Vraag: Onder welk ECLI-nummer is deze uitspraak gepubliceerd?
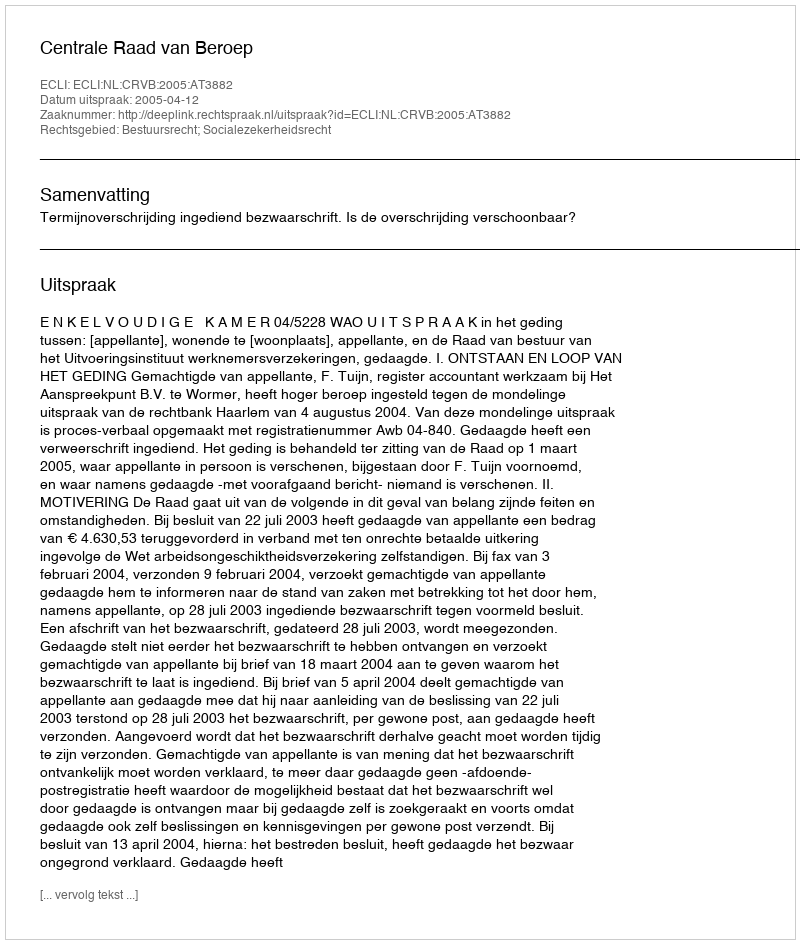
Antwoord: ECLI:NL:CRVB:2005:AT3882